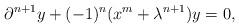
LaTeX: \begin{align*}\partial^{n+1} y + (-1)^n (x^{m} + \lambda^{n+1}) y =0,\end{align*}